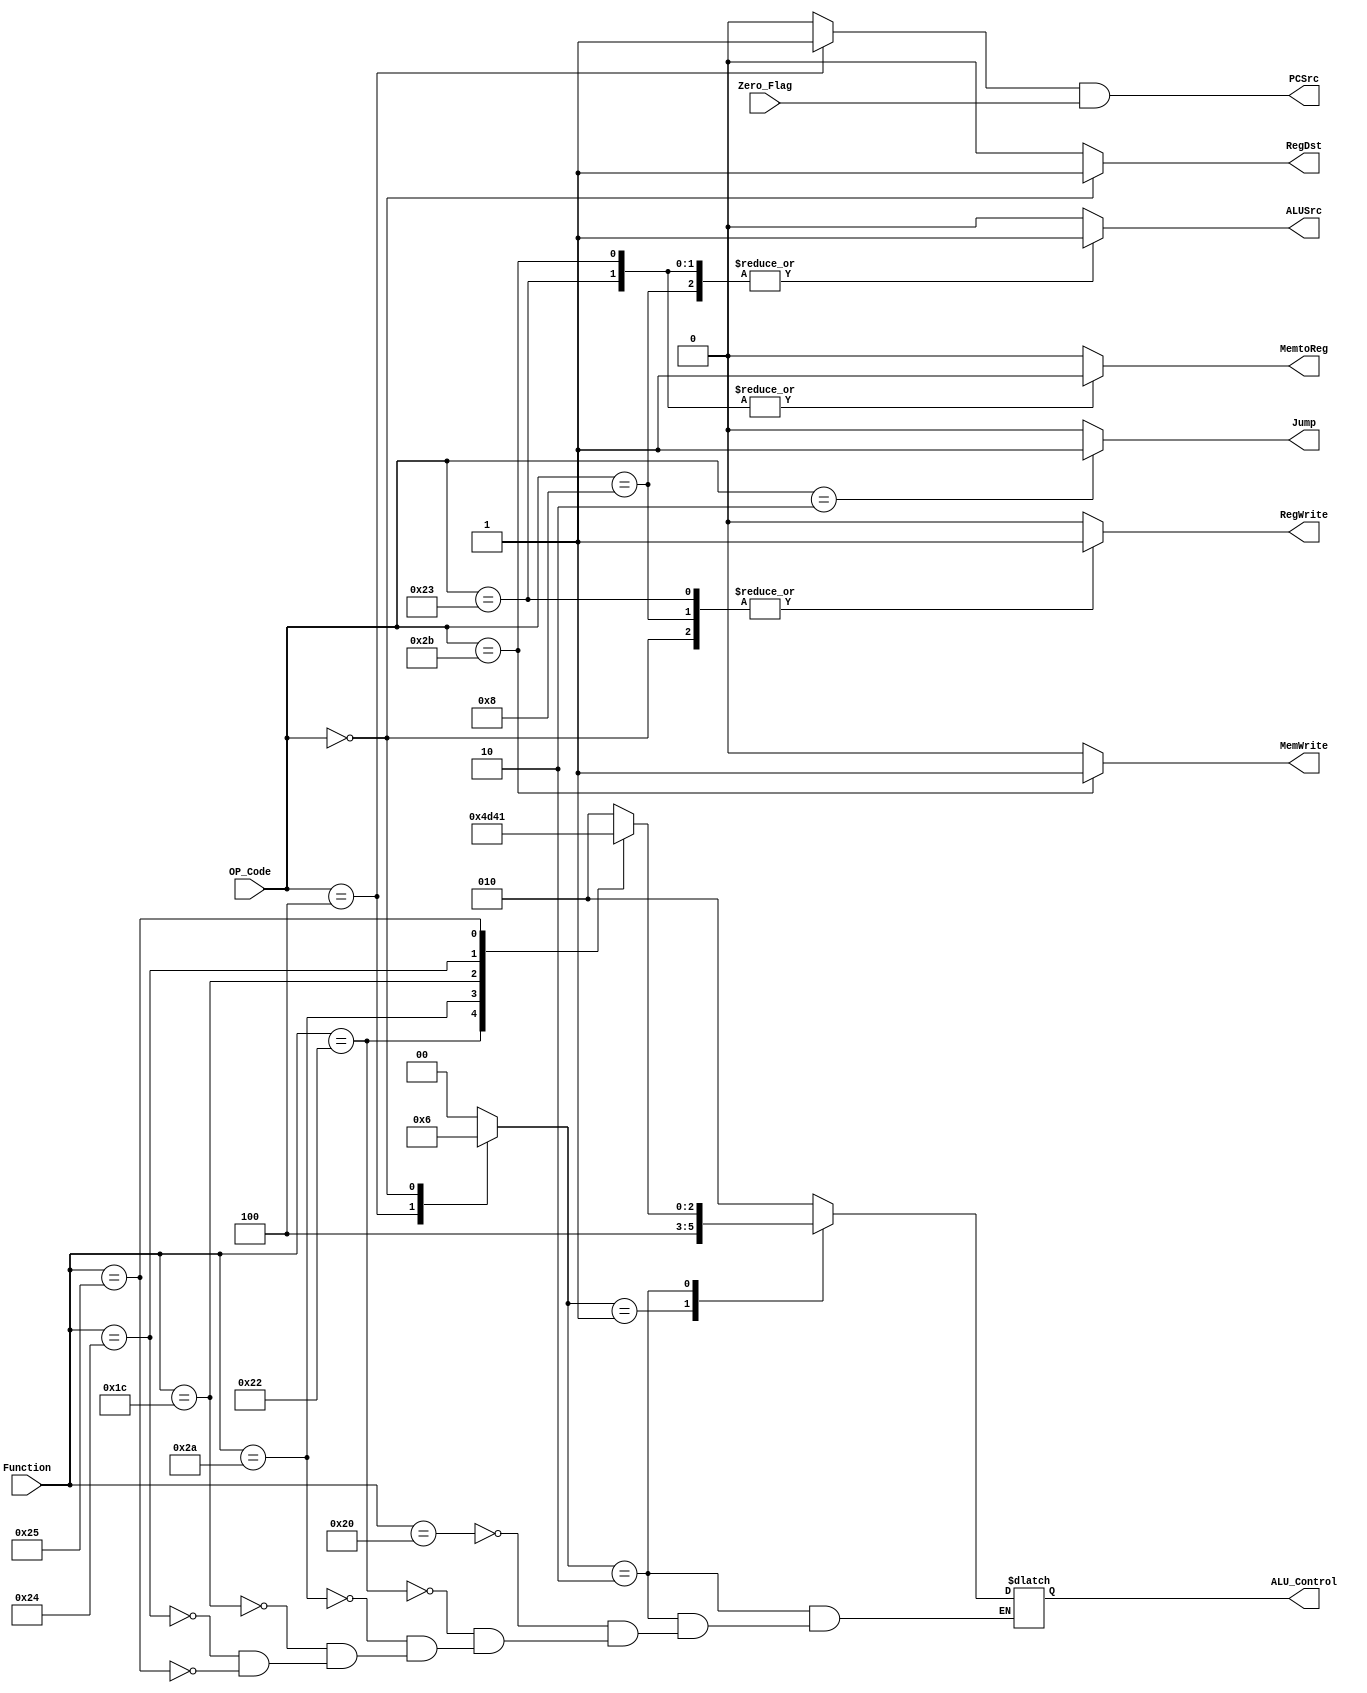
//////////////////////////////////////////////////////////////
////The control unit computes the control signals based on////
////the opcode and function fields of the instruction. It ////
////consists of a Main Decoder & ALU Decoder. ControlUnit ////
////Outputs control The flow through the DataPath.        ////
//////////////////////////////////////////////////////////////


module Controller (
    output    reg    [2:0]      ALU_Control,
    output    reg               MemtoReg,MemWrite,PCSrc,ALUSrc,RegDst,RegWrite,Jump,  
    input     wire    [5:0]     Function,
    input     wire    [5:0]     OP_Code,
    input     wire              Zero_Flag
);

reg     [1:0]   ALU_OP;
reg             Branch; 

always@(*)
begin
    PCSrc=Branch&Zero_Flag;
end

localparam Load_Word = 6'b100011;
localparam Store_Word = 6'b101011;
localparam R_Type = 6'b000000;
localparam addImmediate = 6'b001000;
localparam branchIfEqual = 6'b000100;
localparam jump_inst = 6'b000010;
localparam ADD= 6'b100000;
localparam SLT=6'b101010;
localparam SUB=6'b100010;
localparam MUL=6'b011100;
localparam AND=6'b100100;
localparam OR=6'b100101;

always@(*)
begin
    MemtoReg=1'b0;
    MemWrite=1'b0;
    Branch=1'b0;
    ALUSrc=1'b0;
    RegDst=1'b0;
    RegWrite=1'b0;
    Jump=1'b0;
    ALU_OP=1'b0;

    case(OP_Code) 
    Load_Word : begin RegWrite=1'b1; ALUSrc=1'b1; MemtoReg=1'b1; end
    
    Store_Word : begin MemWrite=1'b1; ALUSrc=1'b1; MemtoReg=1'b1; end
    
    addImmediate : begin RegWrite=1'b1; ALUSrc=1'b1; end
    
    jump_inst : begin Jump=1'b1; end
    
    branchIfEqual : begin Branch=1'b1; ALU_OP=2'b01; end
    
    R_Type : begin RegWrite=1'b1; RegDst=1'b1; ALU_OP=2'b10; end
    
    default : begin
            MemtoReg=1'b0;
            MemWrite=1'b0;
            Branch=1'b0;
            ALUSrc=1'b0;
            RegDst=1'b0;
            RegWrite=1'b0;
            Jump=1'b0;
            ALU_OP=1'b0;
                end
    endcase
end


always@(*) begin
    case (ALU_OP)
    2'b00 : ALU_Control = 3'b010;
    2'b01 : ALU_Control = 3'b100;
    2'b10 :
   begin
       case (Function)
        ADD : ALU_Control= 3'b010;
        SUB : ALU_Control= 3'b100;
        SLT : ALU_Control= 3'b110;
        MUL : ALU_Control= 3'b101;
        AND : ALU_Control= 3'b000;
        OR  : ALU_Control= 3'b001;
       endcase
   end
   default : ALU_Control=3'b010; 
    endcase
end
   
endmodule